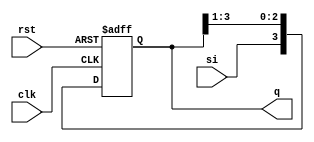
module sipo(q, si, clk, rst);
    output reg [3:0]q;
    input si, clk, rst;

    always @ (posedge clk or posedge rst) begin
        if (rst) q <= 4'b0000;
        else begin
            q <= {si, q[3:1]};
        end    
    end
endmodule

module sipo_tb;
    wire [3:0]q;
    reg si, clk, rst;
    sipo tb(q, si, clk, rst);
    always #5 clk = ~clk;
    initial begin
        rst = 1; clk = 0; si = 0;
        #10 rst = 0;
        #10 si = 1;
        #10 si = 0;
        #10 si = 0;
        #10 si = 1;
        #10 si = 1;
        #50 $stop;
    end
endmodule